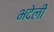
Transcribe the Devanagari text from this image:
भदेली